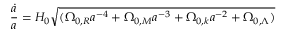
{ \frac { \dot { a } } { a } } = H _ { 0 } { \sqrt { ( \Omega _ { 0 , R } a ^ { - 4 } + \Omega _ { 0 , M } a ^ { - 3 } + \Omega _ { 0 , k } a ^ { - 2 } + \Omega _ { 0 , \Lambda } ) } }